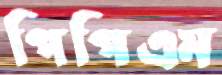
পিপিএম